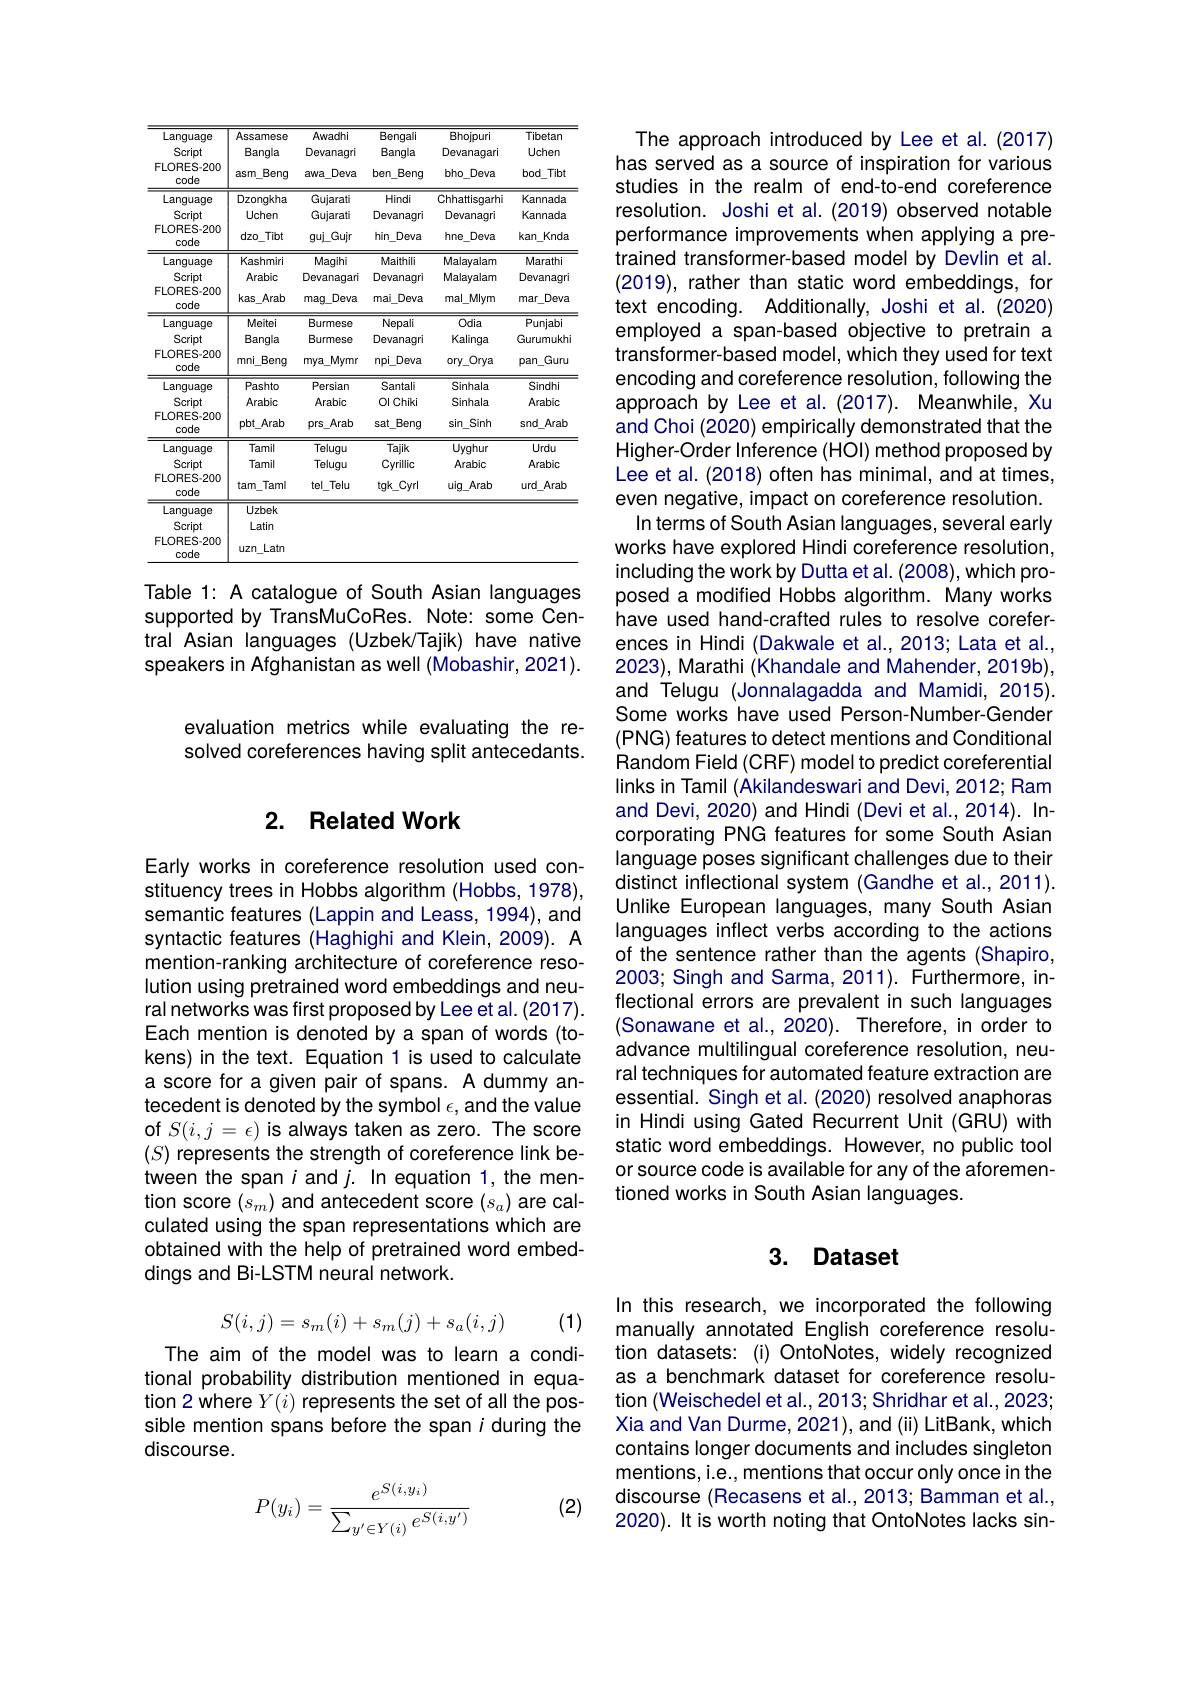
<table>
	<tbody>
		<tr>
			<th>Language Script FLORES-200 code</th>
			<th>Assamese Bangla Beng asm</th>
			<th>Awadhi Devanagri Deva awa</th>
			<th>Bengali Bangla $ben\_E$ Beng</th>
			<th>Bhojpuri Devanagari bho\_Deva</th>
			<th>Tibetan Uchen bod\_Tibt</th>
		</tr>
		<tr>
			<td>Language Script FLORES-200 code</td>
			<td>Dzongkha Uchen $dz0.$ $_{-}$Tibt 1 </td>
			<td>Gujarati Gujarati guj\_Gujr</td>
			<td>Hindi Devanagri $hin\_[$ Deva</td>
			<td>Chhattisgarhi Devanagri hne\_ $e\_Deva$ T 1</td>
			<td>Kannada Kannada kan n\_Knda</td>
		</tr>
		<tr>
			<td>Language Script FLORES-200 code</td>
			<td>Kashmiri Arabic kas Arab</td>
			<td>Magihi Devanagari Deva $mag_{1}$</td>
			<td>Maithili Devanagri Deva mai</td>
			<td>Malayalam Malayalam mal\_Mlym</td>
			<td>Marathi Devanagri Deva mar</td>
		</tr>
		<tr>
			<td>Language Script FLORES-200 code</td>
			<td>Meitei Bangla mni Beng</td>
			<td>Burmese Burmese Mymr mya.</td>
			<td>Nepali Devanagri npi\_Deva</td>
			<td>Odia Kalinga ory\_Orya</td>
			<td>Punjabi Gurumukhi Gunu pan 1</td>
		</tr>
		<tr>
			<td>$\mathbf{000}$ Language Script FLORES-200 code</td>
			<td>Pashto Arabic pbt\_Arab</td>
			<td>Persian Arabic prs\_Arab 1</td>
			<td>Santali Ol Chiki sat Beng</td>
			<td>Sinhala Sinhala sin\_Sinh</td>
			<td>Sindhi Arabic snd $\bot Arab$</td>
		</tr>
		<tr>
			<td>Language Script FLORES-200 code</td>
			<td>Tamil Tamil tam Taml</td>
			<td>Telugu Telugu tel\_Telu</td>
			<td>Tajik Cyrillic tgk\_Cyrl</td>
			<td>Uyghur Arabic uig\_ Arab</td>
			<td>Urdu Arabic urd $1\_Arab$</td>
		</tr>
		<tr>
			<td>Language Script FLORES-200 code</td>
			<td>Uzbek Latin $\bot\bot atn$ $uzn.$</td>
			<td> </td>
			<td> </td>
			<td> </td>
			<td> </td>
		</tr>
	</tbody>
</table>

Table 1: A catalogue of South Asian languages supported by TransMuCoRes. Note: some Central Asian languages (Uzbek/Tajik) have native speakers in Afghanistan as well (Mobashir, 2021).

evaluation metrics while evaluating the resolved coreferences having split antecedants.

## 2. Related Work

Early works in coreference resolution used constituency trees in Hobbs algorithm (Hobbs, 1978), semantic features (Lappin and Leass, 1994), and syntactic features (Haghighi and Klein, 2009). A mention-ranking architecture of coreference resolution using pretrained word embeddings and neural networks was first proposed by Lee et al. (2017). Each mention is denoted by a span of words (tokens) in the text. Equation 1 is used to calculate ascore for a given pair of spans. A dummy antecedent is denoted by the symbol $\epsilon$,and the value of $S(i,j=\epsilon)$ is always taken as zero. The score $(S)$ represents the strength of coreference link between the span $i$ and $j.$ In equation 1, the mention score $(s_m)$ and antecedent score $(s_a)$ are calculated using the span representations which are obtained with the help of pretrained word embeddings and Bi-LSTM neural network.
$$S(i,j)=s_m(i)+s_m(j)+s_a(i,j)$$
(1)

The aim of the model was to learn a conditional probability distribution mentioned in equation 2 where $Y(i)$ represents the set of all the possible mention spans before the span $i$ during the discourse.

(2)
$$P(y_i)=\frac{e^{S(i,y_i)}}{\sum_{y'\in Y(i)}e^{S(i,y')}}$$
The approach introduced by Lee et al.(2017) has served as a source of inspiration for various studies in the realm of end-to-end coreference resolution. Joshi et al. (2019) observed notable performance improvements when applying a pretrained transformer-based model by Devlin et al. (2019), rather than static word embeddings, for text encoding. Additionally, Joshi et al. (2020) employed a span-based objective to pretrain a transformer-based model, which they used for text encoding and coreference resolution, following the approach by Lee et al. (2017). Meanwhile, Xu and Choi (2020) empirically demonstrated that the Higher- Order Inference (HOI) method proposed by Lee et al. (2018) often has minimal, and at times, even negative, impact on coreference resolution.
In terms of South Asian languages, several early works have explored Hindi coreference resolution, including the work by Dutta et al. (2008), which proposed a modified Hobbs algorithm. Many works have used hand-crafted rules to resolve coreferences in Hindi (Dakwale et al., 2013; Lata et al., 2023), Marathi (Khandale and Mahender, 2019b), and Telugu (Jonnalagadda and Mamidi, 2015). Some works have used Person-Number-Gender (PNG) features to detect mentions and Conditional Random Field (CRF) model to predict coreferential links in Tamil (Akilandeswari and Devi, 2012; Ram and Devi, 2020) and Hindi (Devi et al., 2014). Incorporating PNG features for some South Asian language poses significant challenges due to their distinct inflectional system (Gandhe et al., 2011). Unlike European languages, many South Asian languages inflect verbs according to the actions of the sentence rather than the agents (Shapiro, 2003; Singh and Sarma, 2011). Furthermore, inflectional errors are prevalent in such languages (Sonawane et al., 2020). Therefore, in order to advance multilingual coreference resolution, neural techniques for automated feature extraction are essential. Singh et al. (2020) resolved anaphoras in Hindi using Gated Recurrent Unit (GRU) with static word embeddings. However, no public tool or source code is available for any of the aforementioned works in South Asian languages.

## 3. Dataset

In this research, we incorporated the following manually annotated English coreference resolution datasets: (i) OntoNotes, widely recognized as a benchmark dataset for coreference resolution (Weischedel et al., 2013; Shridhar et al., 2023; Xia and Van Durme, 2021), and (ii) LitBank, which contains longer documents and includes singleton mentions, i.e., mentions that occur only once in the discourse (Recasens et al., 2013; Bamman et al., 2020). It is worth noting that OntoNotes lacks sin-